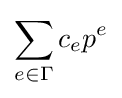
\sum _{e\in \Gamma }c_{e}p^{e}